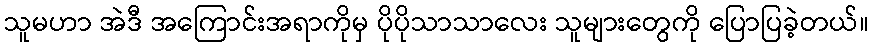
သူမဟာ အဲဒီ အကြောင်းအရာကိုမှ ပိုပိုသာသာလေး သူများတွေကို ပြောပြခဲ့တယ်။